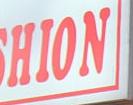
hion